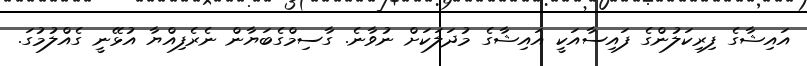
އައިޝާގެ ފިރިކަލުންގެ ފައިސާއަކީ އައިޝާގެ މުދަލަކަށް ނުވާނެ. ގާސިމްގެބަޔާން ނެރެފިއްޔާ އުޅޭނީ ގެއްލުމުގަ.